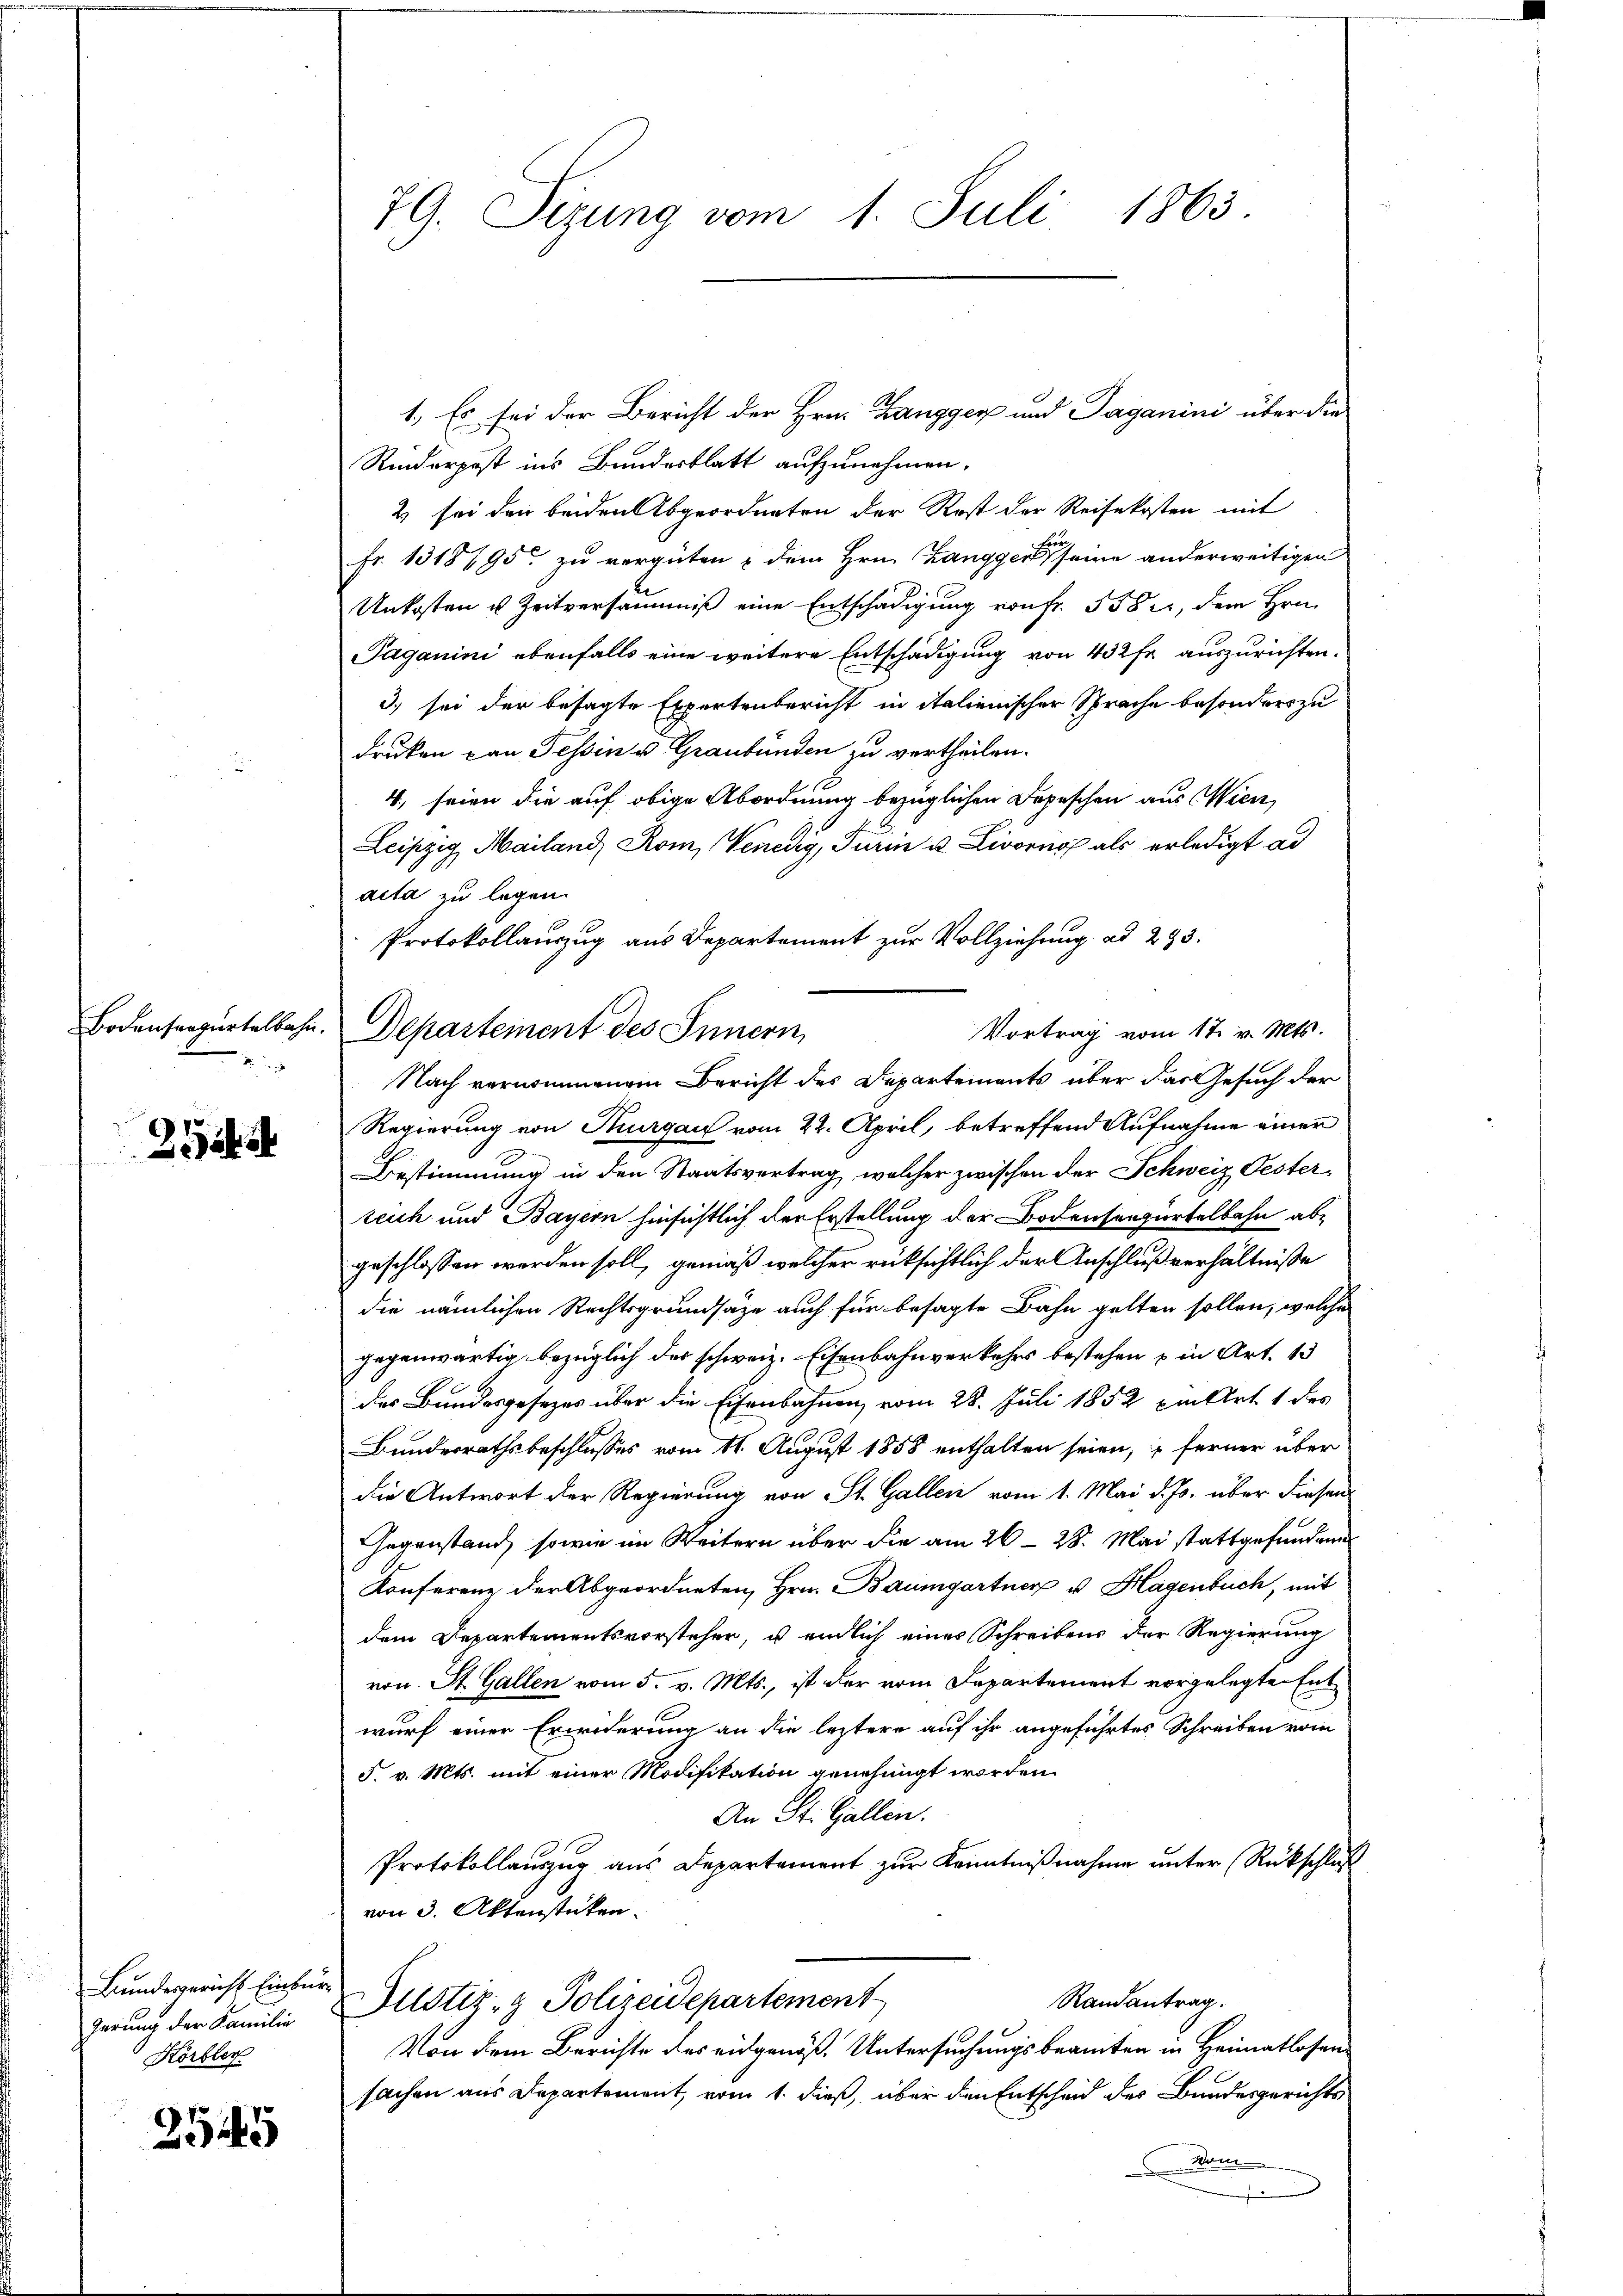
2iit

Bundesgericht Einbegerung der Familie
Körbler

2545

79. Sizung vom 1. Juli 1863.

Bodensangurtelbahn. Departement des Innern,

1. Es sei der Bericht der Hrn. Zangger und Taganini über die
Riederpost ins Bundesblatt aufzunehmen.
2 sei den beiden Abgeordneten der Rest der Reisekosten mit
Fr. 1318/95 zu vergüten & dem Hrn. Zangger es seine anderweitigen
Unkosten u. Zeitversäumniß eine Entschädigung von fr. 558, dem Hrn.
Paganini ebenfalls eine weitere Entschädigung von 432 fr. auszurichten.
3) sei der besagte Expertenbericht in italienischer Sprache besonders zu
druken kan Tessin u. Graubünden zu vertheilen.
4., seien die auf obige Abordnung bezüglichen Depeschen aus Wien
Leipzig Mailand, Rom, Venedig, Turin u. Livorno als erledigt ad
acta zu legen.
Protokollauszug aus Departement zur Vollziehung ad 293.
Vortrag vom 17. v. Mts.
Nach vernommenem Bericht des Departements über das Gesuch der
Regierung von Thurgau vom 22. April, betreffend Aufnahme einer
Bestimmung in den Staatsvertrag, welcher zwischen der Schweiz Oesterteich und Bayern hinsichtlich der Erstellung der Bodensenpartelbahn abe
geschlossen werden soll, gemäß welcher rücksichtlich der Anschlußverhältnisse
die nämlichen Rechtsgrundsätze auch für besagte Bahn gelten sollen, welche
gegenwärtig bezüglich der schweiz. Eisenbahnverkehrs bestehen u in Art. 13
des Bundesgesezes über die Eisenbahnen vom 28. Juli 1852 ein Art. 1 des
Bundesrathsbeschlusses vom 11. August 1858 enthalten seien, ferner über
die Antwort der Regierung von St. Gallen vom 1. Mai d. Js. über diesen
Gegenstand, sowie im Weitern über die am 26. 28. Mai stattgefundene
Konferenz der Abgeordneten, Hrn. Baumgartner u. Hagenbuch, mit
dem Departementsvorsteher, u endlich eines Schreibens der Regierung
von St. Gallen vom 5. v. Mts., ist der vom Departement vorgelegten Ent
wurf einer Erinderung an die letztere auf ihr angeführtes Schreiben vom
5. v. Mts. mit einer Modifikation genehmigt worden.
An St. Gallen.
Protokollauszug aus Departement zur Kenntnißnahme unter Rückschluß
von 3. Aktenstücken.
Randantrag.
Justiz- & Polizeidepartement
Von dem Berichte des eidgenöß. Untersuchungsbeamten in Heimatlosensachen aus Departement, vom 1. dieß, über den Entscheid des Bundesgerichts
vom